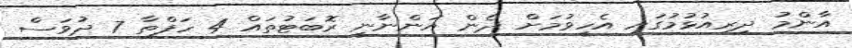
އާންމު ދިރިއުޅުމުގައި އެހީވުމަށް ދެން އަންނާނީ ރޮބަޓުތައް 4 ހަފްތާ 7 ދުވަސް